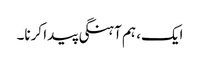
ایک، ہم آہنگی پیدا کرنا۔